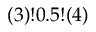
( 3 ) ! 0 . 5 ! ( 4 )